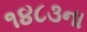
૧૪૮૩ના